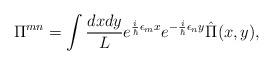
LaTeX: \begin{align*}\Pi^{mn}=\int {dx dy\over L} e^{{i\over \hbar}\epsilon_m x}e^{-{i\over \hbar}\epsilon_n y}\hat\Pi(x,y),\end{align*}